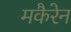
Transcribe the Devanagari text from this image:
मकैरेन